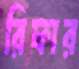
রিফার